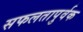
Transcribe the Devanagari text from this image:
सफलतापुर्वक